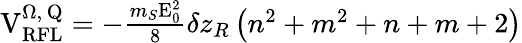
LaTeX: \begin{array}{r}{\mathrm{V}_{\mathrm{RFL}}^{\Omega,\, \mathrm{Q}}=-\frac{m_{S}\mathrm{E}_{0}^{2}}{8}\delta z_{R}\left(n^{2}+m^{2}+n+m+2\right)}\end{array}